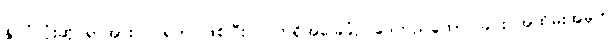
နိုင်ငံလုံးဆိုင်ရာအားလပ်ရက် ဖြစ်ပြီး လက်ရှိအခြေခံဥပဒေတည်ထောင်ခြင်း အထိမ်းအမှတ်